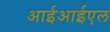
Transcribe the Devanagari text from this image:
आईआईएल